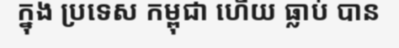
ក្នុង ប្រទេស កម្ពុជា ហើយ ធ្លាប់ បាន